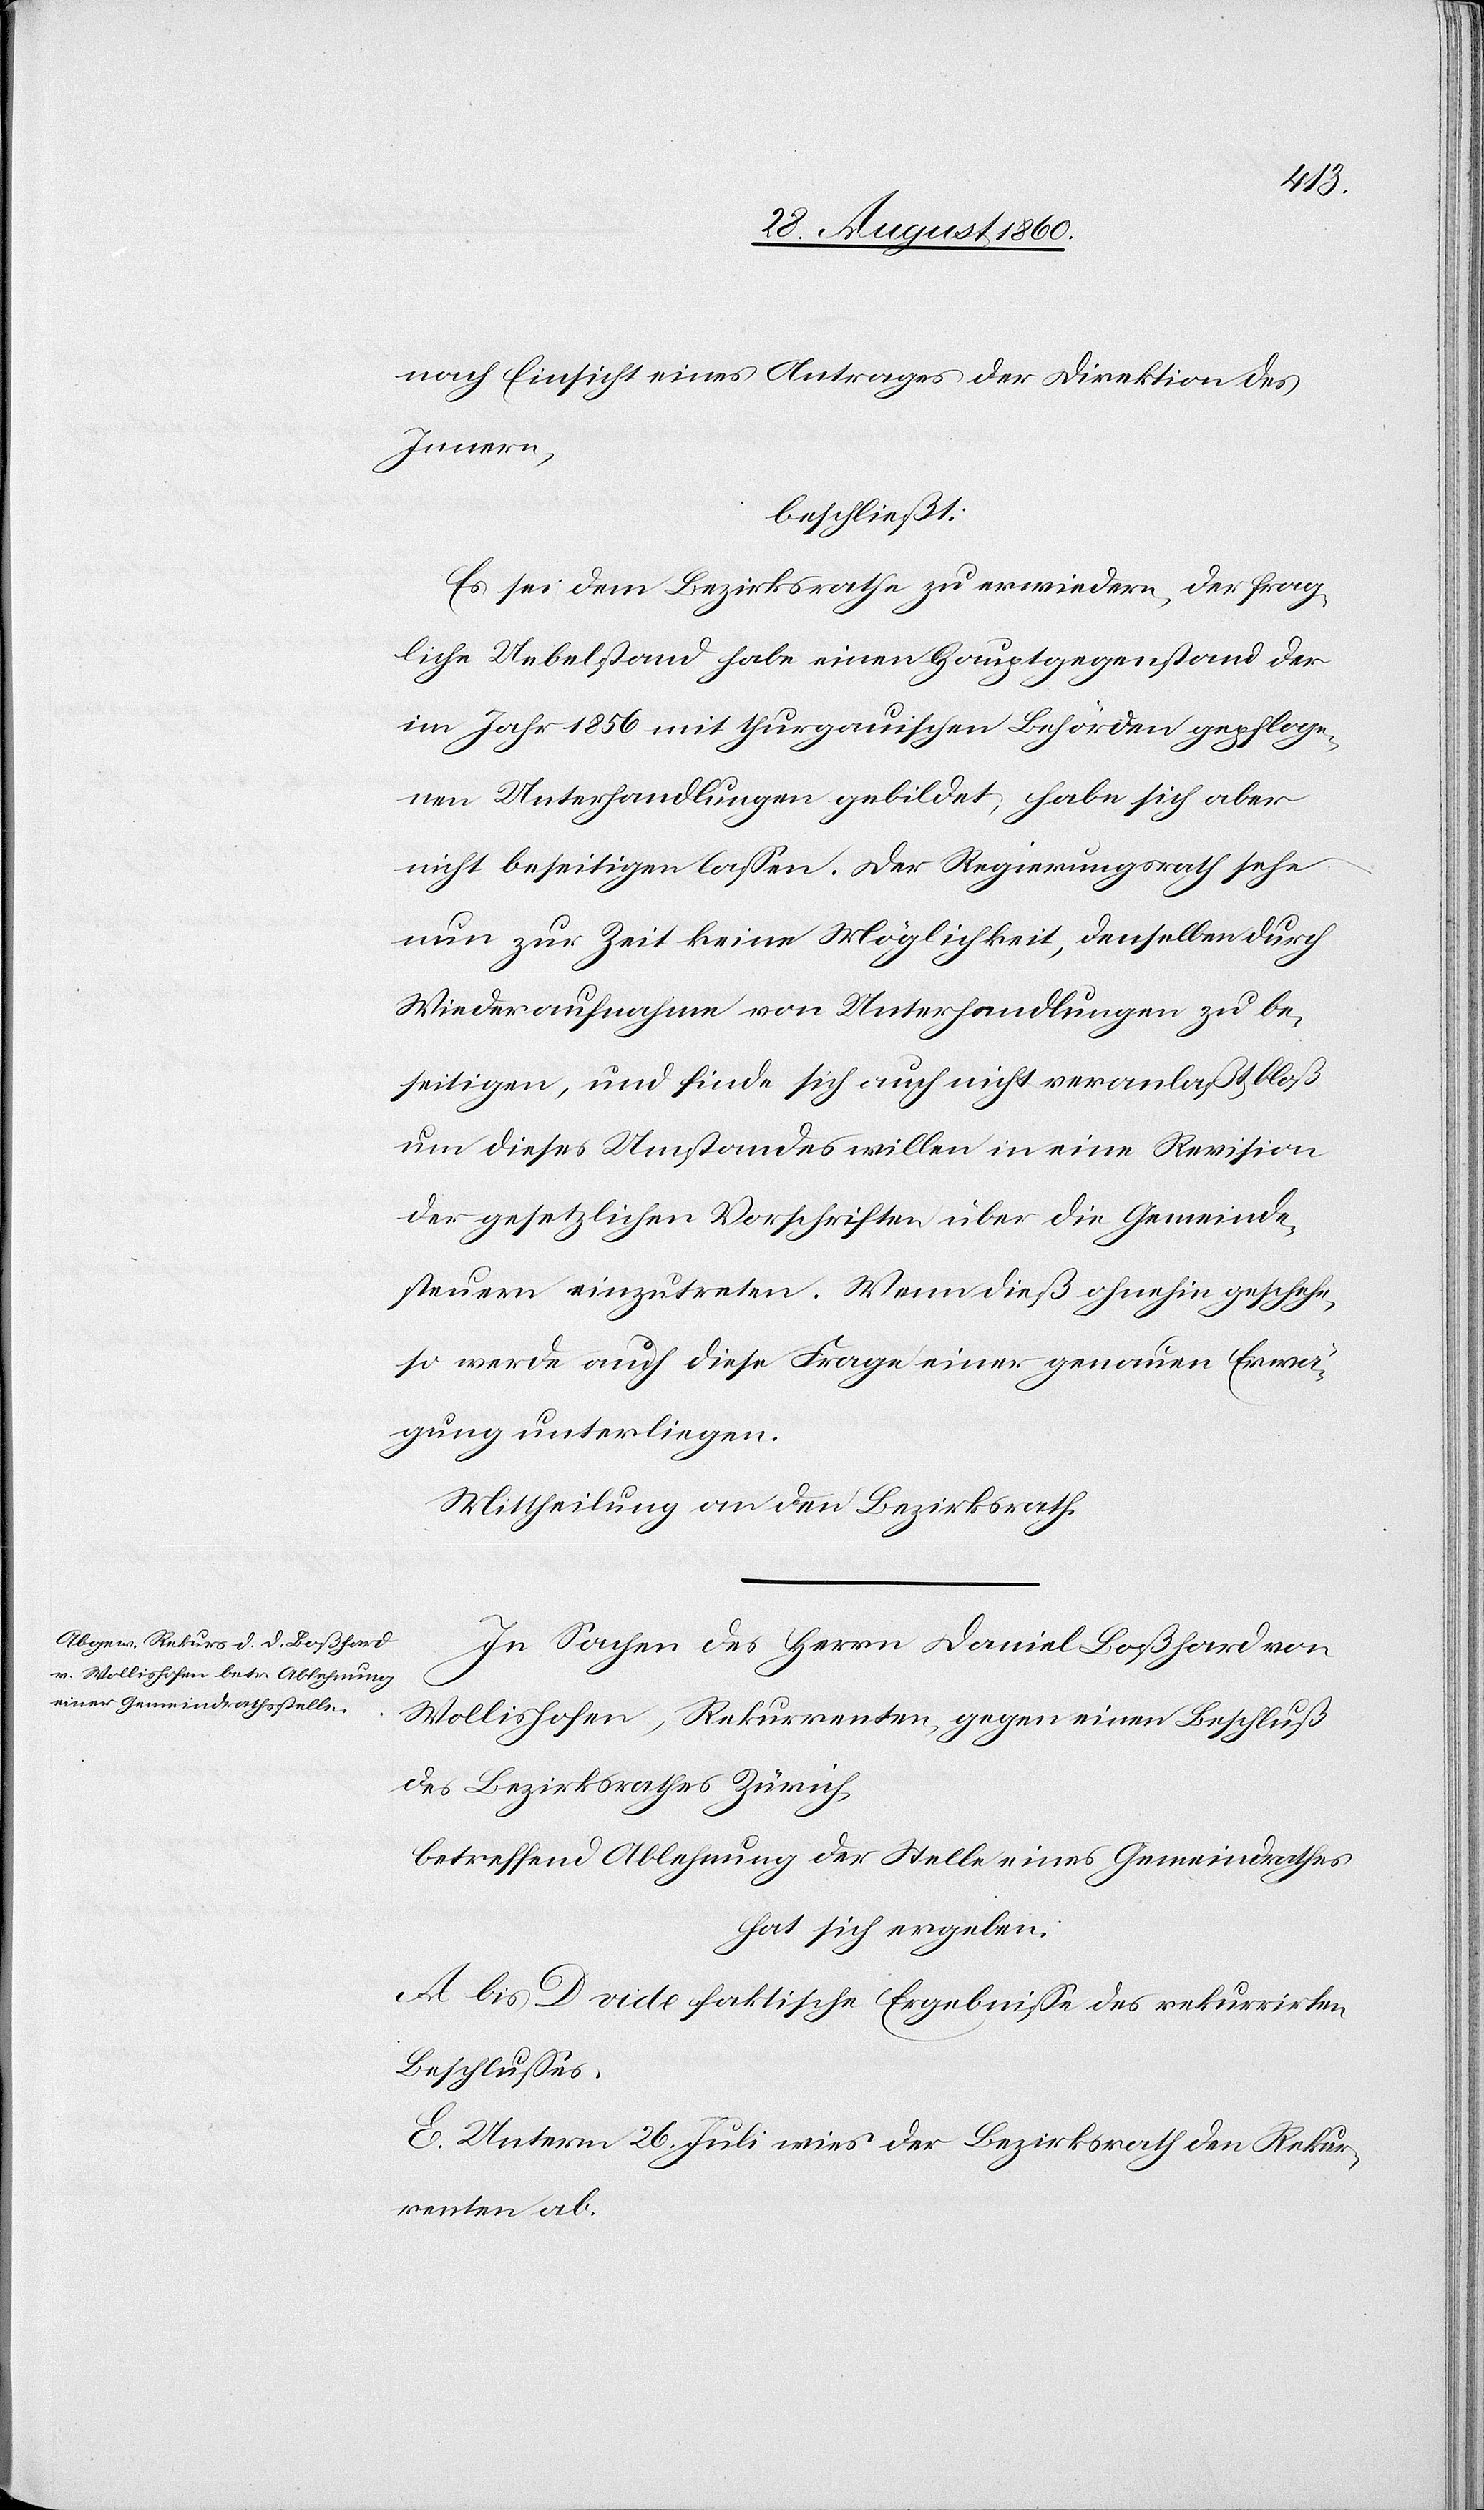
nach Einsicht eines Antrages der Direktion des
Innern,
beschliesst:
Es sei dem Bezirksrath zu erwiedern, der frag¬
liche Uebelstand habe einen Hauptgegenstand der
im Jahr 1856 mit thurgauischen Behörden gepfloge¬
nen Unterhandlungen gebildet, habe sich aber
nicht beseitigen lassen. Der Regierungsrath sehe
nun zur Zeit keine Möglichkeit, denselben durch
Wiederaufnahme von Unterhandlungen zu be¬
seitigen, und finde sich auch nicht veranlasst, bloss
um dieses Umstandes willen in eine Revision
der gesetzlichen Vorschriften über die Gemeinde¬
steuern einzutreten. Wenn dies ohnehin geschehe,
so werde auch diese Frage einer genauen Erwä¬
gung unterliegen.
Mittheilung an den Bezirksrath.
In Sachen des Herrn Daniel Bosshard von
Wollishofen, Rekurrenten gegen einen Beschluss
des Bezirksrathes Zürich,
betreffend Ablehnung der Stelle eines Gemeindrathes
hat sich ergeben:
A–D. vide faktische Ergebnisse des rekurrirten
Beschlusses.
E. Unterm 26. Juli wies der Bezirksrath den Rekur¬
renten ab.